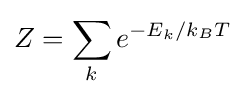
Z=\sum _{k}e^{-E_{k}/k_{B}T}